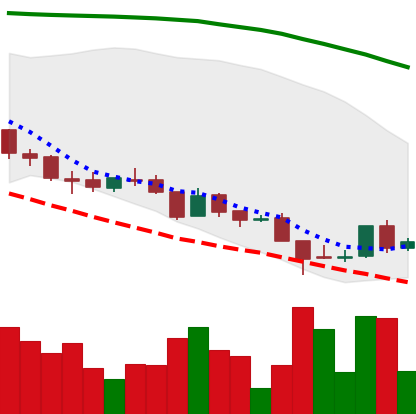
Ticker: ADA-USD
Chart end date: 2018-08-19
Forward return: -8.161%
Label: down_7plus